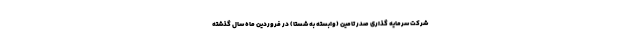
شرکت سرمایه گذاری صدر تامین (وابسته به شستا) در فروردین ماه سال گذشته